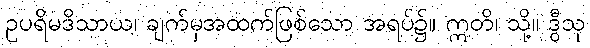
ဥပရိမဒိသာယ၊ ချက်မှအထက်ဖြစ်သော အရပ်၌။ ဣတိ၊ သို့။ ဒွီသု